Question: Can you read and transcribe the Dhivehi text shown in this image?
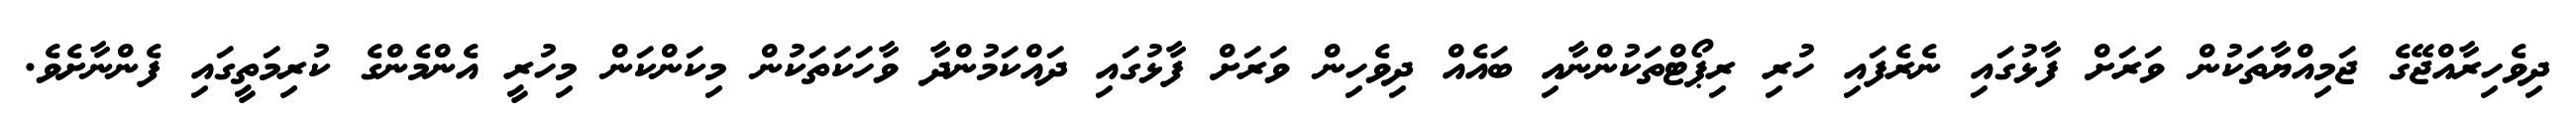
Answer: ދިވެހިރާއްޖޭގެ ޖަމިއްޔާތަކުން ވަރަށް ފާޅުގައި ނެރެފައި ހުރި ރިޕޯޓްތަކުންނާއި ބައެއް ދިވެހިން ވަރަށް ފާޅުގައި ދައްކަމުންދާ ވާހަކަތަކުން މިކަންކަން މިހުރީ އެންމެންގެ ކުރިމަތީގައި ފެންނާށެވެ.